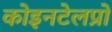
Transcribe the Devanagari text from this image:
कोइनटेलप्रो